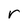
Character: r